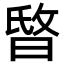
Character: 𣇻